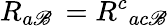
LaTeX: R_{a\mathscr{B}}\, =R^{c}{}_{ac\mathscr{B}}